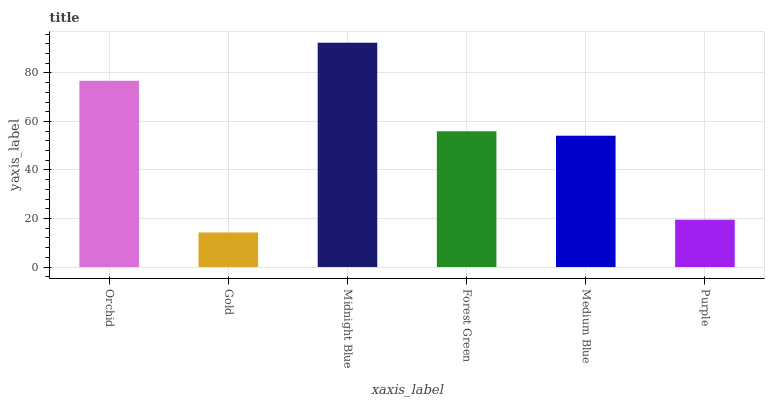
| xaxis_label | bars |
 | --- | --- |
 | Orchid | 76.7 |
 | Gold | 14.2 |
 | Midnight Blue | 92.4 |
 | Forest Green | 55.9 |
 | Medium Blue | 54.1 |
 | Purple | 19.5 |